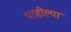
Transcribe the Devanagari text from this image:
पाहील्या